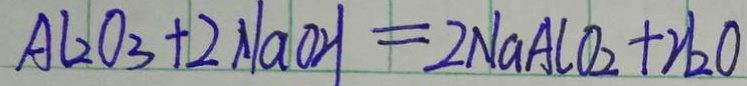
A l _ { 2 } O _ { 3 } + 2 N a O H = 2 N a A l O _ { 2 } + H _ { 2 } O